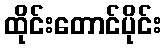
ထိုင်းတောင်ပိုင်း